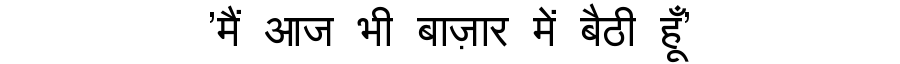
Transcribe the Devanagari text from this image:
'मैं आज भी बाज़ार में बैठी हूँ'